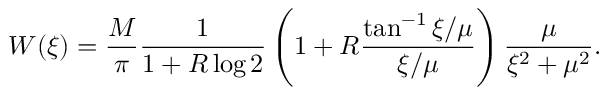
W ( \xi ) = \frac { M } { \pi } \frac { 1 } { 1 + R \log 2 } \left( 1 + R \frac { \tan ^ { - 1 } \xi / \mu } { \xi / \mu } \right) \frac { \mu } { \xi ^ { 2 } + \mu ^ { 2 } } .